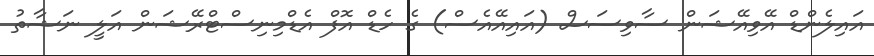
އައިލެންޑް އޭވިއޭޝަން ސާވިސަސް (އައިއޭއެސް) ގެ ހެޑް އޮފް އެޑްމިނިސްޓްރޭޝަން އަލީ ނަޝާތު